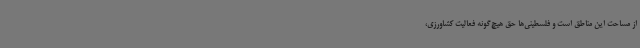
از مساحت این مناطق است و فلسطینی‌ها حق هیچ‌گونه فعالیت کشاورزی،‌